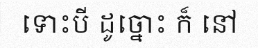
ទោះបី ដូច្នោះ ក៏ នៅ